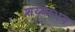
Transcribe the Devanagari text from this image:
शय्यम्भव